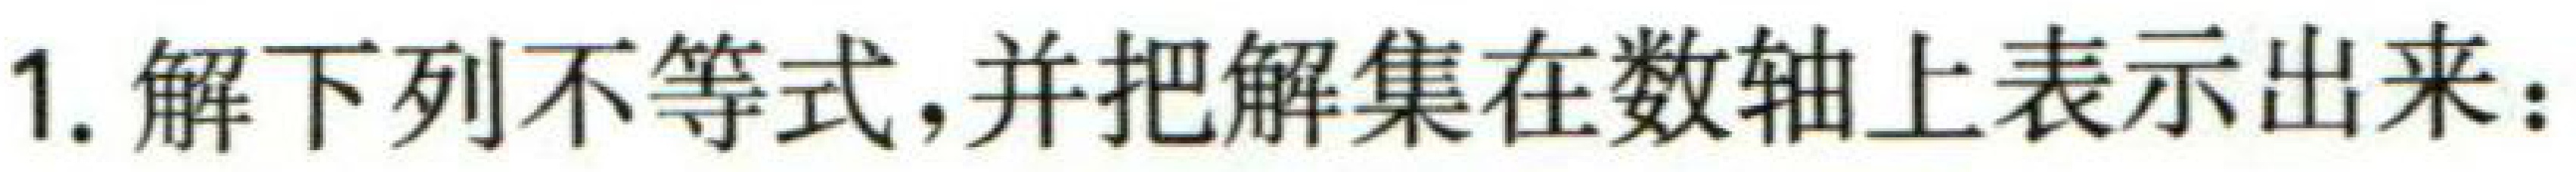
1. 解下列不等式，并把解集在数轴上表示出来：